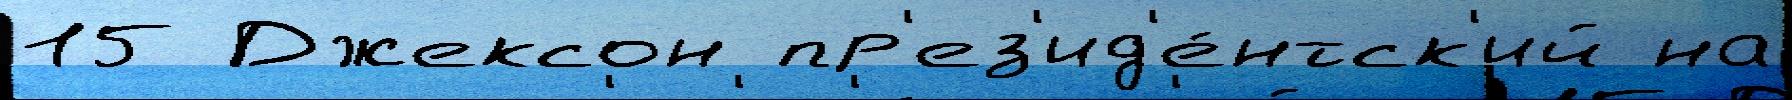
15 Джексон пр'ез'ид'е́нтск'ий на